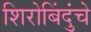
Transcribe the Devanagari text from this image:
शिरोबिंदुंचे